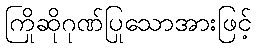
ကြိုဆိုဂုဏ်ပြုသောအားဖြင့်